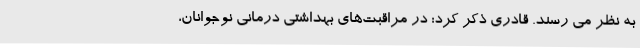
به نظر می رسند. قادری ذکر کرد: در مراقبت‌های بهداشتی درمانی نوجوانان،